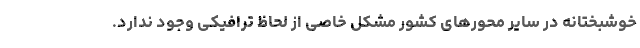
خوشبختانه در سایر محورهای کشور مشکل خاصی از لحاظ ترافیکی وجود ندارد.